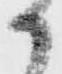
か